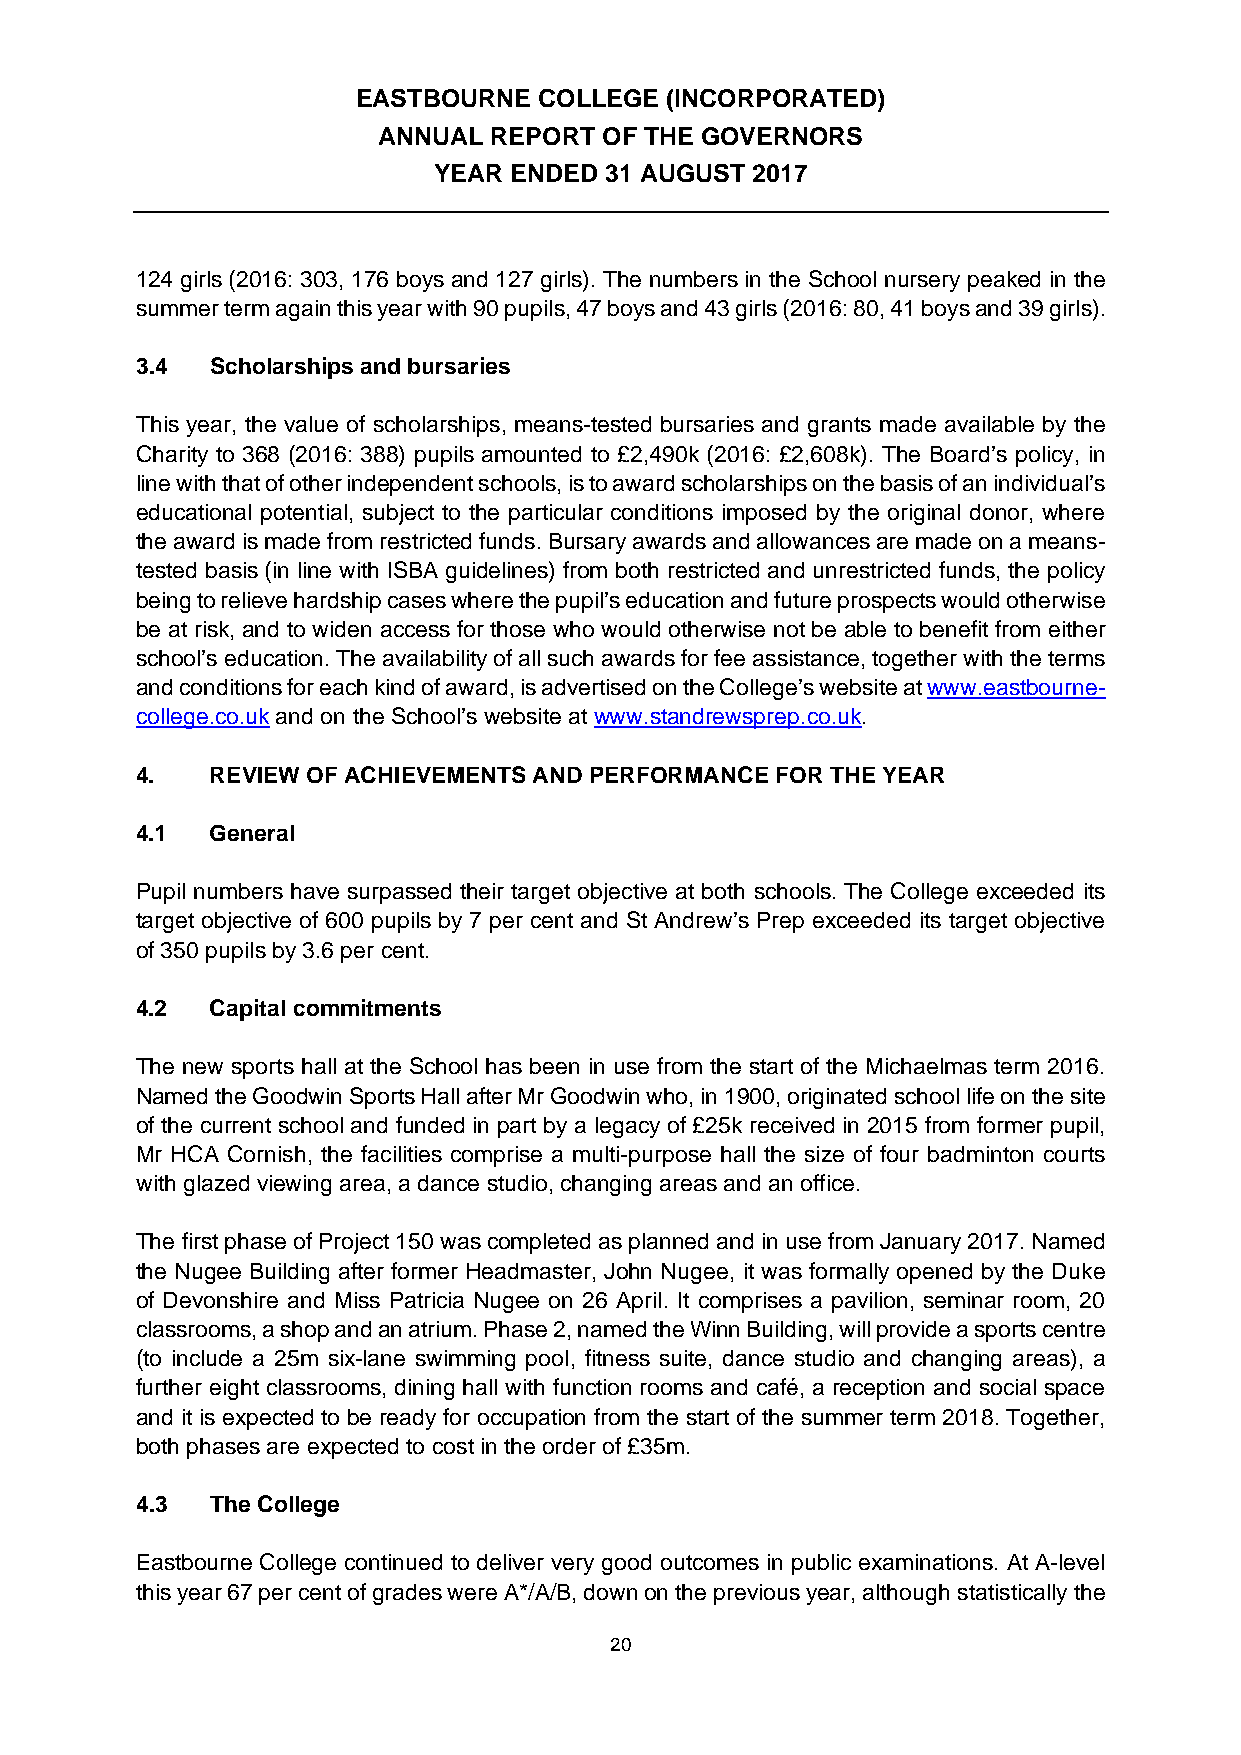
EASTBOURNE  COLLEGE (INCORPORATED)
 ANNUAL REPORT  OF THE GOVERNORS
 YEAR ENDED 31 AUGUST 2017
 124 girls (2016: 303, 176 boys and 127 girls). The numbers in the School nursery peaked in the
 summer term again this year with 90 pupils, 47 boys and 43 girls (2016: 80, 41 boys and 39 girls).
 3.4  Scholarships and bursaries
 This year, the value of scholarships, means-tested bursaries and grants made available by the
 Charity to 368 (2016: 388) pupils amounted to £2,490k (2016: £2,608k). The Board’s policy, in
 line with that of other independent schools, is to award scholarships on the basis of an individual’s
 educational potential, subject to the particular conditions imposed by the original donor, where
 the award is made from restricted funds. Bursary awards and allowances are made on a means-
 tested basis (in line with ISBA guidelines) from both restricted and unrestricted funds, the policy
 being to relieve hardship cases where the pupil’s education and future prospects would otherwise
 be at risk, and to widen access for those who would otherwise not be able to benefit from either
 school’s education. The availability of all such awards for fee assistance, together with the terms
 and conditions for each kind of award, is advertised on the College’s website at www.eastbourne-
 college.co.uk and on the School’s website at www.standrewsprep.co.uk.
 4.   REVIEW OF ACHIEVEMENTS AND PERFORMANCE FOR THE YEAR
 4.1  General
 Pupil numbers have surpassed their target objective at both schools. The College exceeded its
 target objective of 600 pupils by 7 per cent and St Andrew’s Prep exceeded its target objective
 of 350 pupils by 3.6 per cent.
 4.2  Capital commitments
 The new sports hall at the School has been in use from the start of the Michaelmas term 2016.
 Named the Goodwin Sports Hall after Mr Goodwin who, in 1900, originated school life on the site
 of the current school and funded in part by a legacy of £25k received in 2015 from former pupil,
 Mr HCA Cornish, the facilities comprise a multi-purpose hall the size of four badminton courts
 with glazed viewing area, a dance studio, changing areas and an office.
 The first phase of Project 150 was completed as planned and in use from January 2017. Named
 the Nugee Building after former Headmaster, John Nugee, it was formally opened by the Duke
 of Devonshire and Miss Patricia Nugee on 26 April. It comprises a pavilion, seminar room, 20
 classrooms, a shop and an atrium. Phase 2, named the Winn Building, will provide a sports centre
 (to include a 25m six-lane swimming pool, fitness suite, dance studio and changing areas), a
 further eight classrooms, dining hall with function rooms and café, a reception and social space
 and it is expected to be ready for occupation from the start of the summer term 2018. Together,
 both phases are expected to cost in the order of £35m.
 4.3  The College
 Eastbourne College continued to deliver very good outcomes in public examinations. At A-level
 this year 67 per cent of grades were A*/A/B, down on the previous year, although statistically the
 20